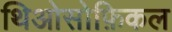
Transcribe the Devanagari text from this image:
थिओसोफ़िकल